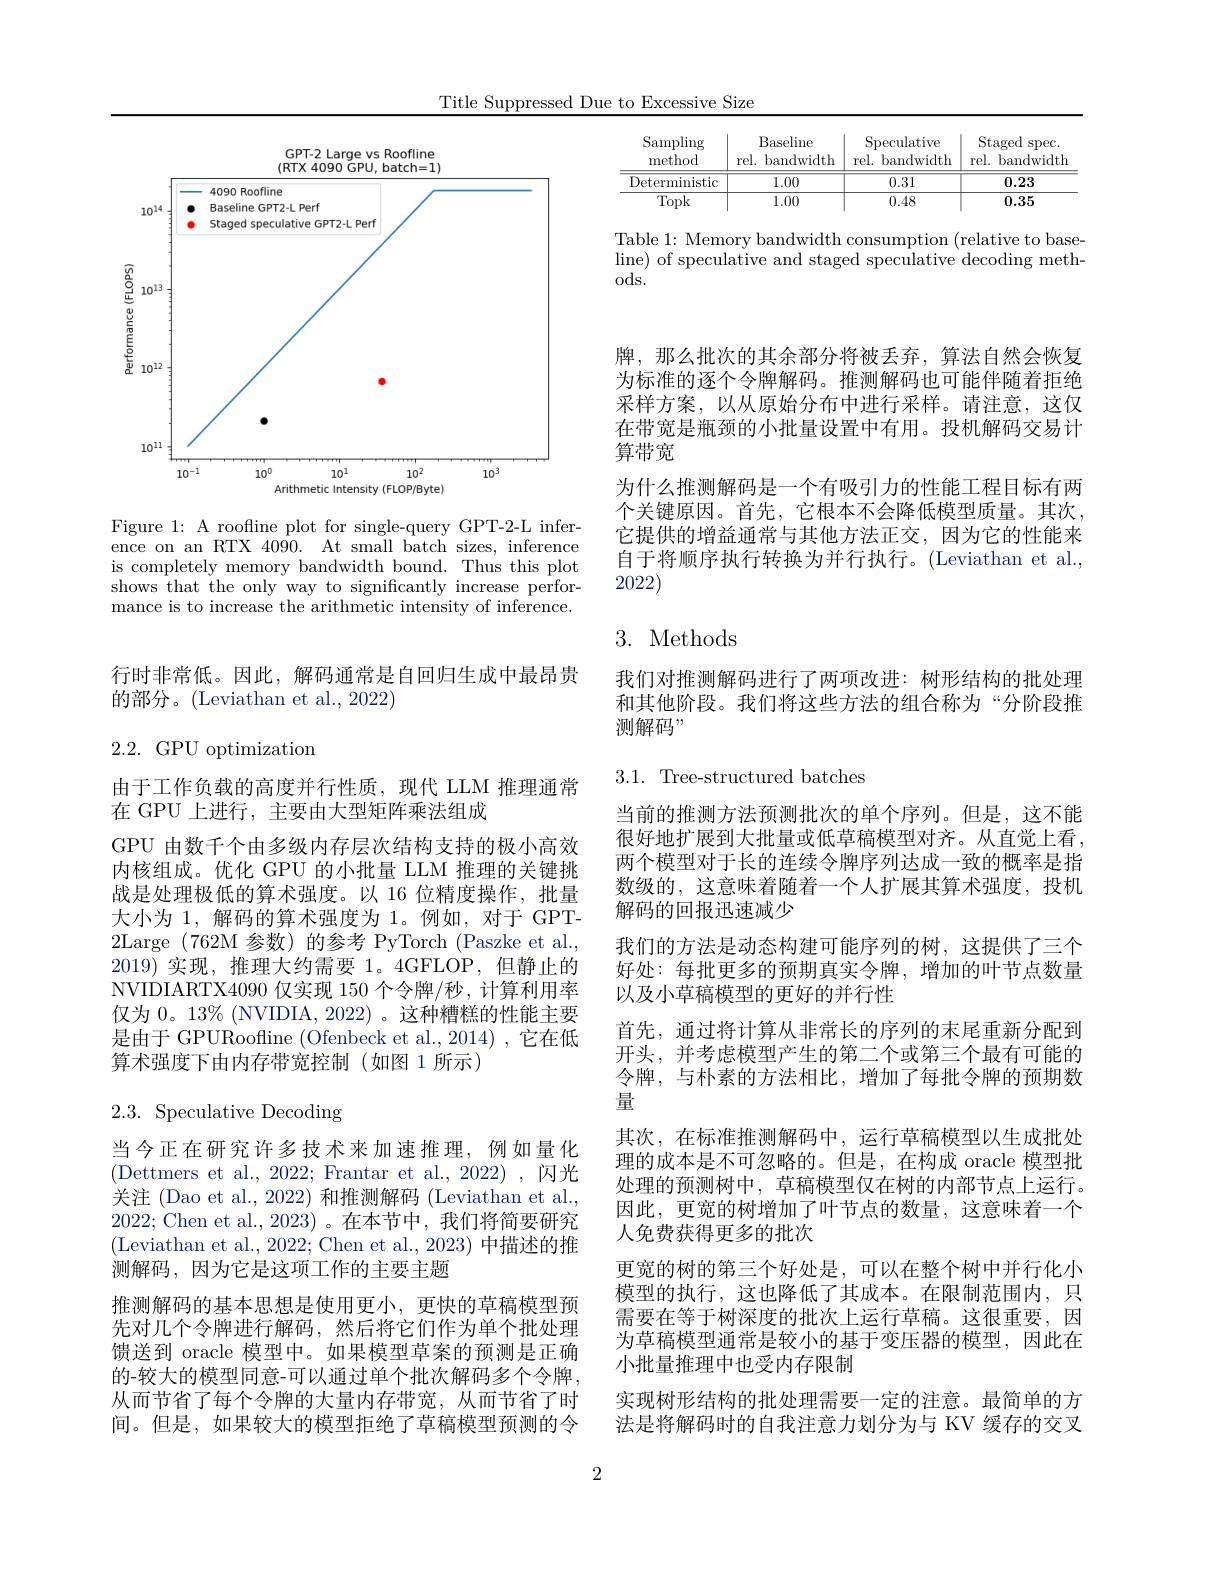
Title Suppressed Due to Excessive Size

<table>
	<tbody>
		<tr>
			<th>Sampling method</th>
			<th>Baseline rel. bandwidth</th>
			<th>Speculative rel. l bandwidth</th>
			<th>Staged $\operatorname{spec}.$ rel. bandwidth</th>
		</tr>
		<tr>
			<td>Deterministic</td>
			<td>1.00</td>
			<td>0.31</td>
			<td>0.23</td>
		</tr>
		<tr>
			<td>Topk</td>
			<td>1.00</td>
			<td>0.48</td>
			<td>0.35</td>
		</tr>
	</tbody>
</table>

Table 1: Memory bandwidth consumption (relative to baseline) of speculative and staged speculative decoding meth- ods.

<FigureHere>

Figure 1: A roofline plot for single-query GPT-2-L inference on an RTX 4090. At small batch sizes, inference is completely memory bandwidth bound. Thus this plot shows that the only way to significantly increase performance is to increase the arithmetic intensity of inference.

行时非常低。因此，解码通常是自回归生成中最昂贵
的部分。(Leviathan et al., 2022)

2.2.GPU optimization

由于工作负载的高度并行性质，现代 LLM 推理通常
在 GPU 上进行，主要由大型矩阵乘法组成
GPU 由数千个由多级内存层次结构支持的极小高效内核组成。优化 GPU 的小批量 LLM 推理的关键挑战是处理极低的算术强度。以 16 位精度操作，批量大小为1，解码的算术强度为 1。例如，对于 GPT- 2Large (762M 参数)的参考 PyTorch(Paszke et al., 2019)实现，推理大约需要 1。4GFLOP,但静止的NVIDIARTX4090 仅实现 150 个令牌/秒，计算利用率仅为0。13%(NVIDIA, 2022)。这种糟糕的性能主要是由于 GPURoofline (Ofenbeck et al.,2014),它在低算术强度下由内存带宽控制(如图 1 所示)

# 2.3. Speculative Decoding

当今正在研究许多技术来加速推理，例如量化(Dettmers et al., 2022; Frantar et al., 2022),闪光关注 (Dao et al., 2022) 和推测解码 (Leviathan et al. 2022; Chen et al., 2023)。在本节中，我们将简要研究(Leviathan et al., 2022; Chen et al., 2023) 中描述的推测解码，因为它是这项工作的主要主题
推测解码的基本思想是使用更小，更快的草稿模型预先对几个令牌进行解码，然后将它们作为单个批处理馈送到 oracle 模型中。如果模型草案的预测是正确的-较大的模型同意-可以通过单个批次解码多个令牌， 从而节省了每个令牌的大量内存带宽，从而节省了时间。但是，如果较大的模型拒绝了草稿模型预测的令

牌，那么批次的其余部分将被丢弃，算法自然会恢复为标准的逐个令牌解码。推测解码也可能伴随着拒绝采样方案，以从原始分布中进行采样。请注意，这仅在带宽是瓶颈的小批量设置中有用。投机解码交易计算带宽
为什么推测解码是一个有吸引力的性能工程目标有两个关键原因。首先，它根本不会降低模型质量。其次它提供的增益通常与其他方法正交，因为它的性能来自于将顺序执行转换为并行执行。(Leviathan et al., 2022)

# 3. Methods

我们对推测解码进行了两项改进：树形结构的批处理和其他阶段。我们将这些方法的组合称为“分阶段推测解码”

3.1. Tree-structured batches

当前的推测方法预测批次的单个序列。但是，这不能很好地扩展到大批量或低草稿模型对齐。从直觉上看， 两个模型对于长的连续令牌序列达成一致的概率是指数级的，这意味着随着一个人扩展其算术强度，投机解码的回报迅速减少
我们的方法是动态构建可能序列的树，这提供了三个好处：每批更多的预期真实令牌，增加的叶节点数量以及小草稿模型的更好的并行性
首先，通过将计算从非常长的序列的末尾重新分配到开头，并考虑模型产生的第二个或第三个最有可能的令牌，与朴素的方法相比，增加了每批令牌的预期数量
其次，在标准推测解码中，运行草稿模型以生成批处理的成本是不可忽略的。但是，在构成 oracle 模型批处理的预测树中，草稿模型仅在树的内部节点上运行。因此，更宽的树增加了叶节点的数量，这意味着一个人免费获得更多的批次
更宽的树的第三个好处是，可以在整个树中并行化小模型的执行，这也降低了其成本。在限制范围内，只需要在等于树深度的批次上运行草稿。这很重要，因为草稿模型通常是较小的基于变压器的模型，因此在小批量推理中也受内存限制
实现树形结构的批处理需要一定的注意。最简单的方法是将解码时的自我注意力划分为与 KV 缓存的交叉

2